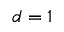
d = 1